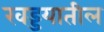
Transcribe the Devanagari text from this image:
खड्डयातील